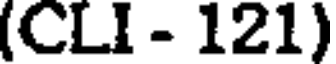
(CLI - 121)